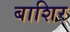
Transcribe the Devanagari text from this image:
बाशिर